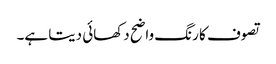
تصوف کا رنگ واضح دکھائی دیتا ہے۔